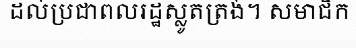
ដល់ប្រជាពលរដ្ឋស្លូតត្រង់។ សមាជិក